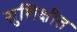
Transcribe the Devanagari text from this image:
सुशिक्षीत